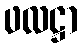
ဖလဋ္ဌာ